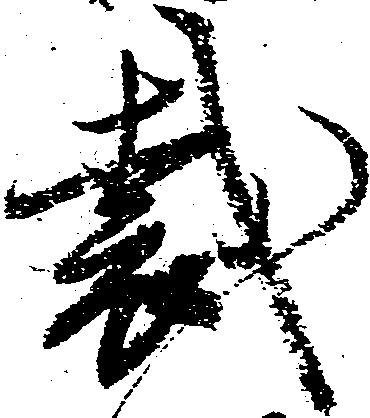
裁